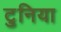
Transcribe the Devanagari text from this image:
टुनिया